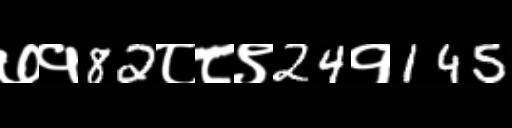
Text: ७१82८८९24१145